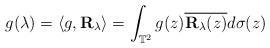
LaTeX: \begin{align*}g(\lambda)=\langle g,\mathbf{R}_{{\lambda}}\rangle=\int_{\mathbb{T}^{2}}g(z)\overline{\mathbf{R}_{{\lambda}}(z)}d\sigma(z)\end{align*}